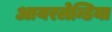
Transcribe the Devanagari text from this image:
आयरलेन्डिया